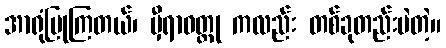
အာရုံပြုကြတယ်၊ မှီရာဝတ္ထု ကလည်း တစ်ခုတည်းပဲတဲ့။